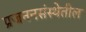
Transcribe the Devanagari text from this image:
प्रजननसंस्थेतील